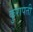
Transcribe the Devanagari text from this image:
कुरापती